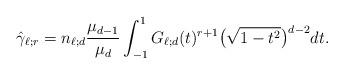
LaTeX: \begin{align*}\hat\gamma_{\ell; r}=n_{\ell;d}\frac{\mu_{d-1}}{\mu_d}\int_{-1}^1 G_{\ell;d}(t)^{r+1} \big(\sqrt{1-t^2}\big)^{d-2} dt.\end{align*}